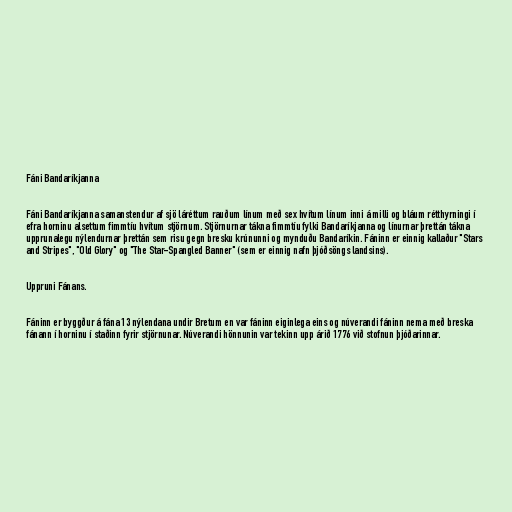
Fáni Bandaríkjanna

Fáni Bandaríkjanna samanstendur af sjö láréttum rauðum línum með sex hvítum línum inni á milli og bláum rétthyrningi í
efra horninu alsettum fimmtíu hvítum stjörnum. Stjörnurnar tákna fimmtíu fylki Bandaríkjanna og línurnar þrettán tákna
upprunalegu nýlendurnar þrettán sem risu gegn bresku krúnunni og mynduðu Bandaríkin. Fáninn er einnig kallaður "Stars
and Stripes", "Old Glory" og "The Star-Spangled Banner" (sem er einnig nafn þjóðsöngs landsins).

Uppruni Fánans.

Fáninn er byggður á fána 13 nýlendana undir Bretum en var fáninn eiginlega eins og núverandi fáninn nema með breska
fánann í horninu í staðinn fyrir stjörnunar. Núverandi hönnunin var tekinn upp árið 1776 við stofnun þjóðarinnar.